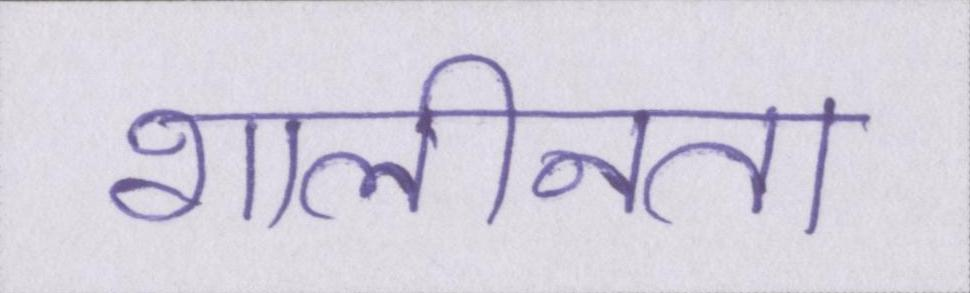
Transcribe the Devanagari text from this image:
शालीनता